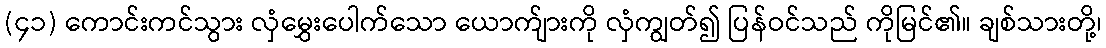
(၄၁) ကောင်းကင်သွား လှံမွှေးပေါက်သော ယောက်ျားကို လှံကျွတ်၍ ပြန်ဝင်သည် ကိုမြင်၏။ ချစ်သားတို့၊